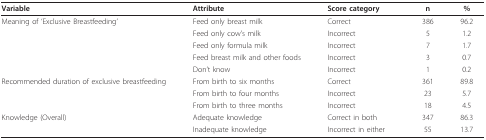
<table><thead><tr><td><b>Variable</b></td><td><b>Attribute</b></td><td><b>Score category</b></td><td><b>n</b></td><td><b>%</b></td></tr></thead><tbody><tr><td>Meaning of &#x27;Exclusive Breastfeeding&#x27;</td><td>Feed only breast milk</td><td>Correct</td><td>386</td><td>96.2</td></tr><tr><td></td><td>Feed only cow&#x27;s milk</td><td>Incorrect</td><td>5</td><td>1.2</td></tr><tr><td></td><td>Feed only formula milk</td><td>Incorrect</td><td>7</td><td>1.7</td></tr><tr><td></td><td>Feed breast milk and other foods</td><td>Incorrect</td><td>3</td><td>0.7</td></tr><tr><td></td><td>Don&#x27;t know</td><td>Incorrect</td><td>1</td><td>0.2</td></tr><tr><td>Recommended duration of exclusive breastfeeding</td><td>From birth to six months</td><td>Correct</td><td>361</td><td>89.8</td></tr><tr><td></td><td>From birth to four months</td><td>Incorrect</td><td>23</td><td>5.7</td></tr><tr><td></td><td>From birth to three months</td><td>Incorrect</td><td>18</td><td>4.5</td></tr><tr><td>Knowledge (Overall)</td><td>Adequate knowledge</td><td>Correct in both</td><td>347</td><td>86.3</td></tr><tr><td></td><td>Inadequate knowledge</td><td>Incorrect in either</td><td>55</td><td>13.7</td></tr></tbody></table>